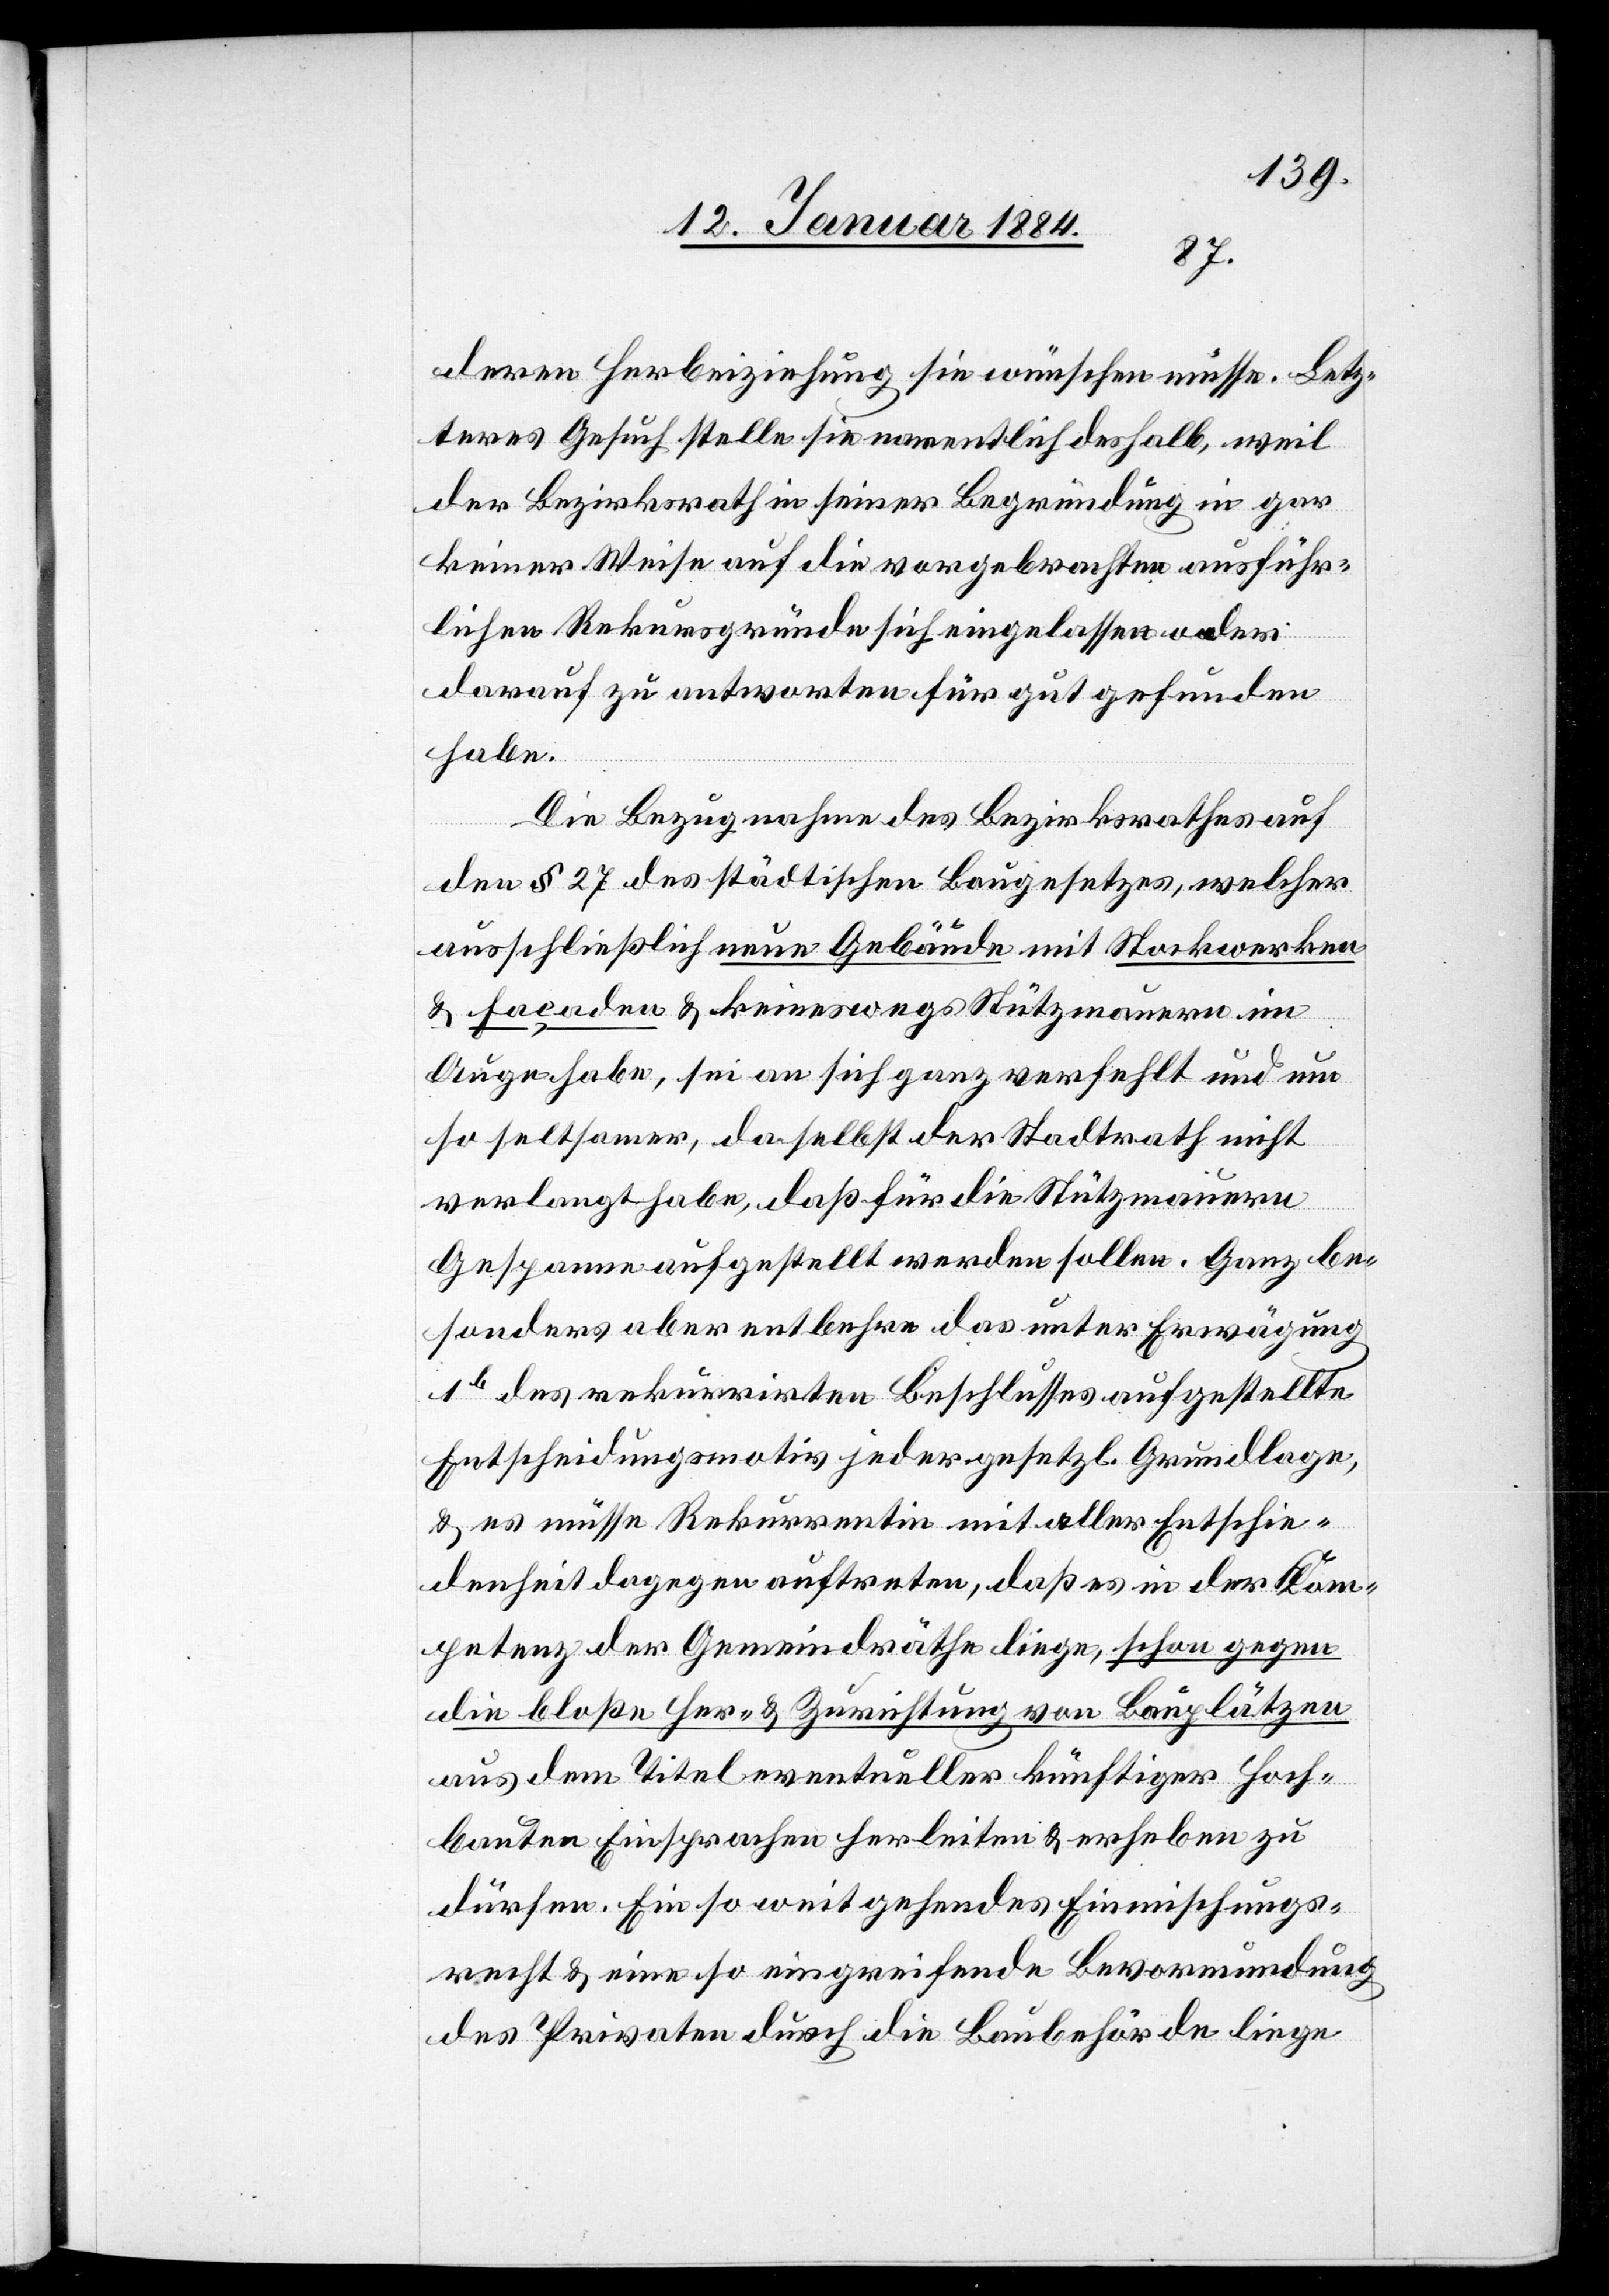
deren Herbeiziehung sie wünschen müsse. Letz¬
teres Gesuch stelle sie namentlich deshalb, weil
der Bezirksrath in seiner Begründung in gar
keiner Weise auf die vorgebrachten ausführ¬
lichen Rekursgründe sich eingelassen oder
darauf zu antworten für gut gefunden
habe.
Die Bezugnahme des Bezirksrathes auf
den § 27 des städtischen Baugesetzes, welcher
ausschließlich neue Gebäude mit Stockwerken
& Façaden & keineswegs Stützmauern im
Auge habe, sei an sich ganz verfehlt und um
so seltsamer, da selbst der Stadtrath nicht
verlangt habe, daß für die Stützmauern
Gespanne aufgestellt werden sollen. Ganz be¬
sonders aber entbehre das unter Erwägung
1b des rekurrirten Beschlusses aufgestellte
Entscheidungsmotiv jeder gesetzl. Grundlage,
& es müsse Rekurrentin mit aller Entschie¬
denheit dagegen auftreten, daß es in der Kom¬
petenz der Gemeindräthe liege, schon gegen
die bloße Her- & Zurichtung von Bauplätzen
aus dem Titel eventueller künftiger Hoch¬
bauten Einsprachen herleiten & erheben zu
dürfen. Ein so weitgehendes Einmischungs¬
recht & eine so eingreifende Bevormundung
des Privaten durch die Baubehörde liege